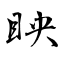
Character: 眏